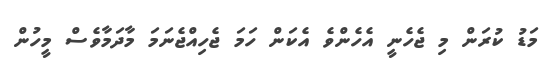
މަޑު ކުރަން މި ޖެހެނީ އެހެންވެ އެކަން ހަމަ ޖެހިއްޖެނަމަ މާދަމާވެސް މީހުން